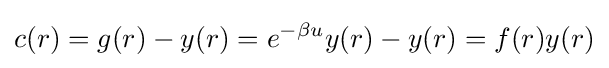
c(r)=g(r)-y(r)=e^{-\beta u}y(r)-y(r)=f(r)y(r)